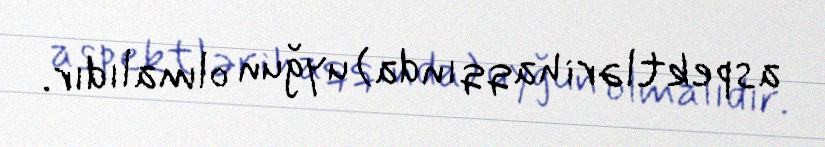
aspektləri haqqında) uyğun olmalıdır.